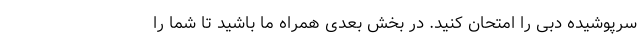
سرپوشیده دبی را امتحان کنید. در بخش بعدی همراه ما باشید تا شما را